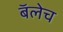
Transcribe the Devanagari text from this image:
बॅलेच